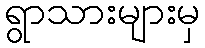
ရွာသားများမှ